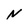
Character: N